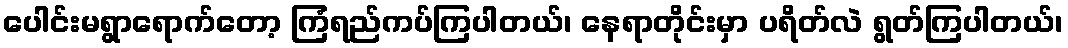
ပေါင်းမရွာရောက်တော့ ကြံရည်ကပ်ကြပါတယ်၊ နေရာတိုင်းမှာ ပရိတ်လဲ ရွတ်ကြပါတယ်၊